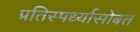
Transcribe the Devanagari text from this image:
प्रतिस्पर्ध्यासोबत